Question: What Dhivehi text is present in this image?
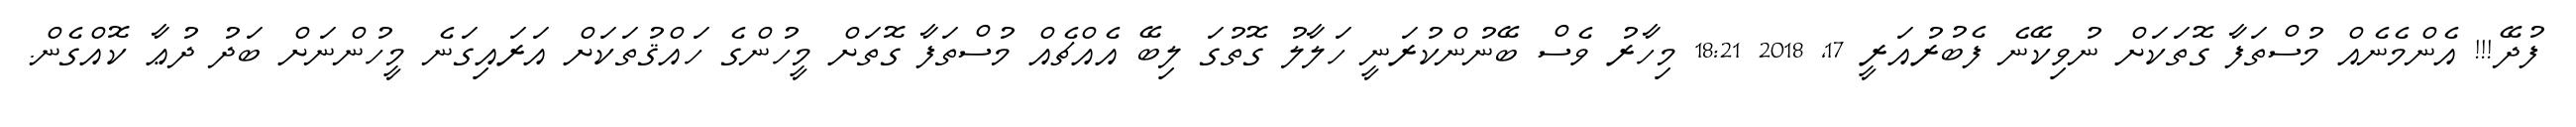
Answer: ފުދޭ!!! އެންމެނެއް މުސްތަފާ ގޮތަކަށް ނުވިކޭނެ ފެބުރުއަރީ 17, 2018 18:21 މިހާރު ވެސް ބޭނުންކުރަނީ ހަލާލު ގޮތުގަ ލިބޭ އެއްޗެއް މުސްތަފާ ގޮތަށް މީހުންގެ ހައްޤުތަކަށް އަރައިގަނެ މީހުންނަށް ބަދު ދުޢާ ކޮއްގެން.